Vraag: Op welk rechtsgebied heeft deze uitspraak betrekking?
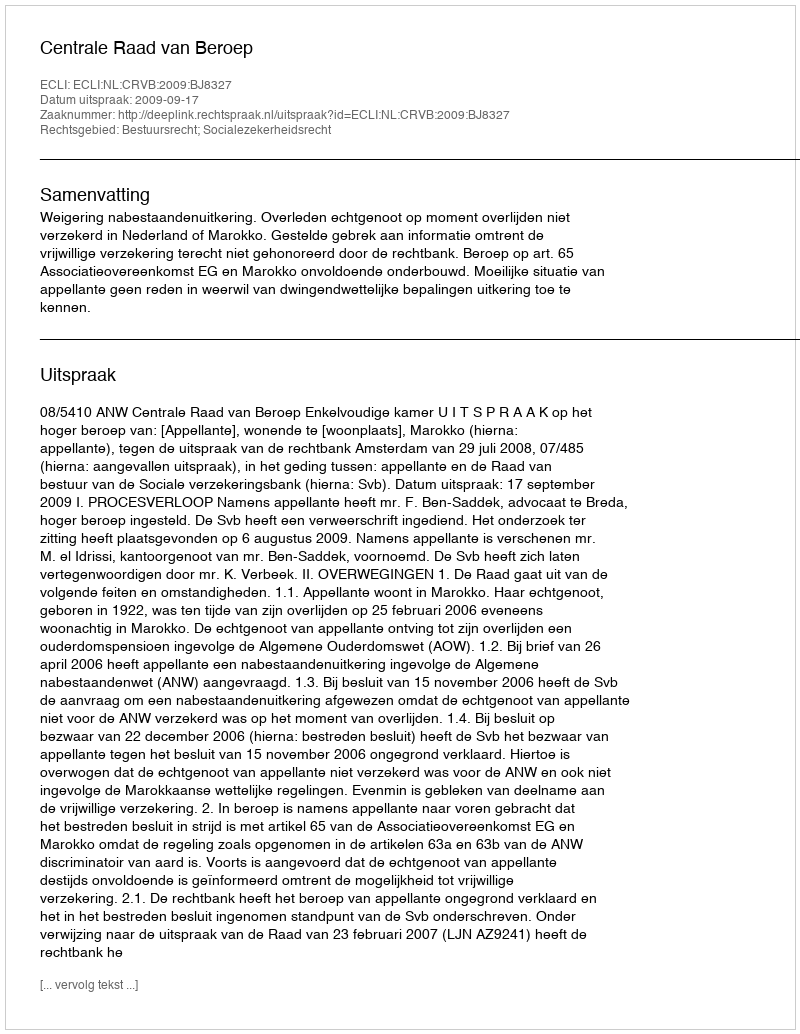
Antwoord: Bestuursrecht; Socialezekerheidsrecht